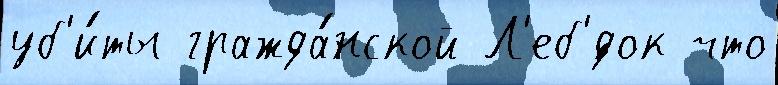
уб'и́ты гражда́нской Л'еб'́док что